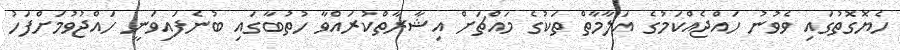
ހެޔޮގޮތުގައި ވެވުނު ހައްޖެއްކަމުގެ އަލާމާތް ތަކުގެ މައްޗަށް އިޝާރާތްކުރައްވާ ހުތުބާގައި ބުނެފައިވަނީ ހައްޖުވުމަށްފަހު